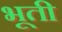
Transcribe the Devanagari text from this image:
भूती